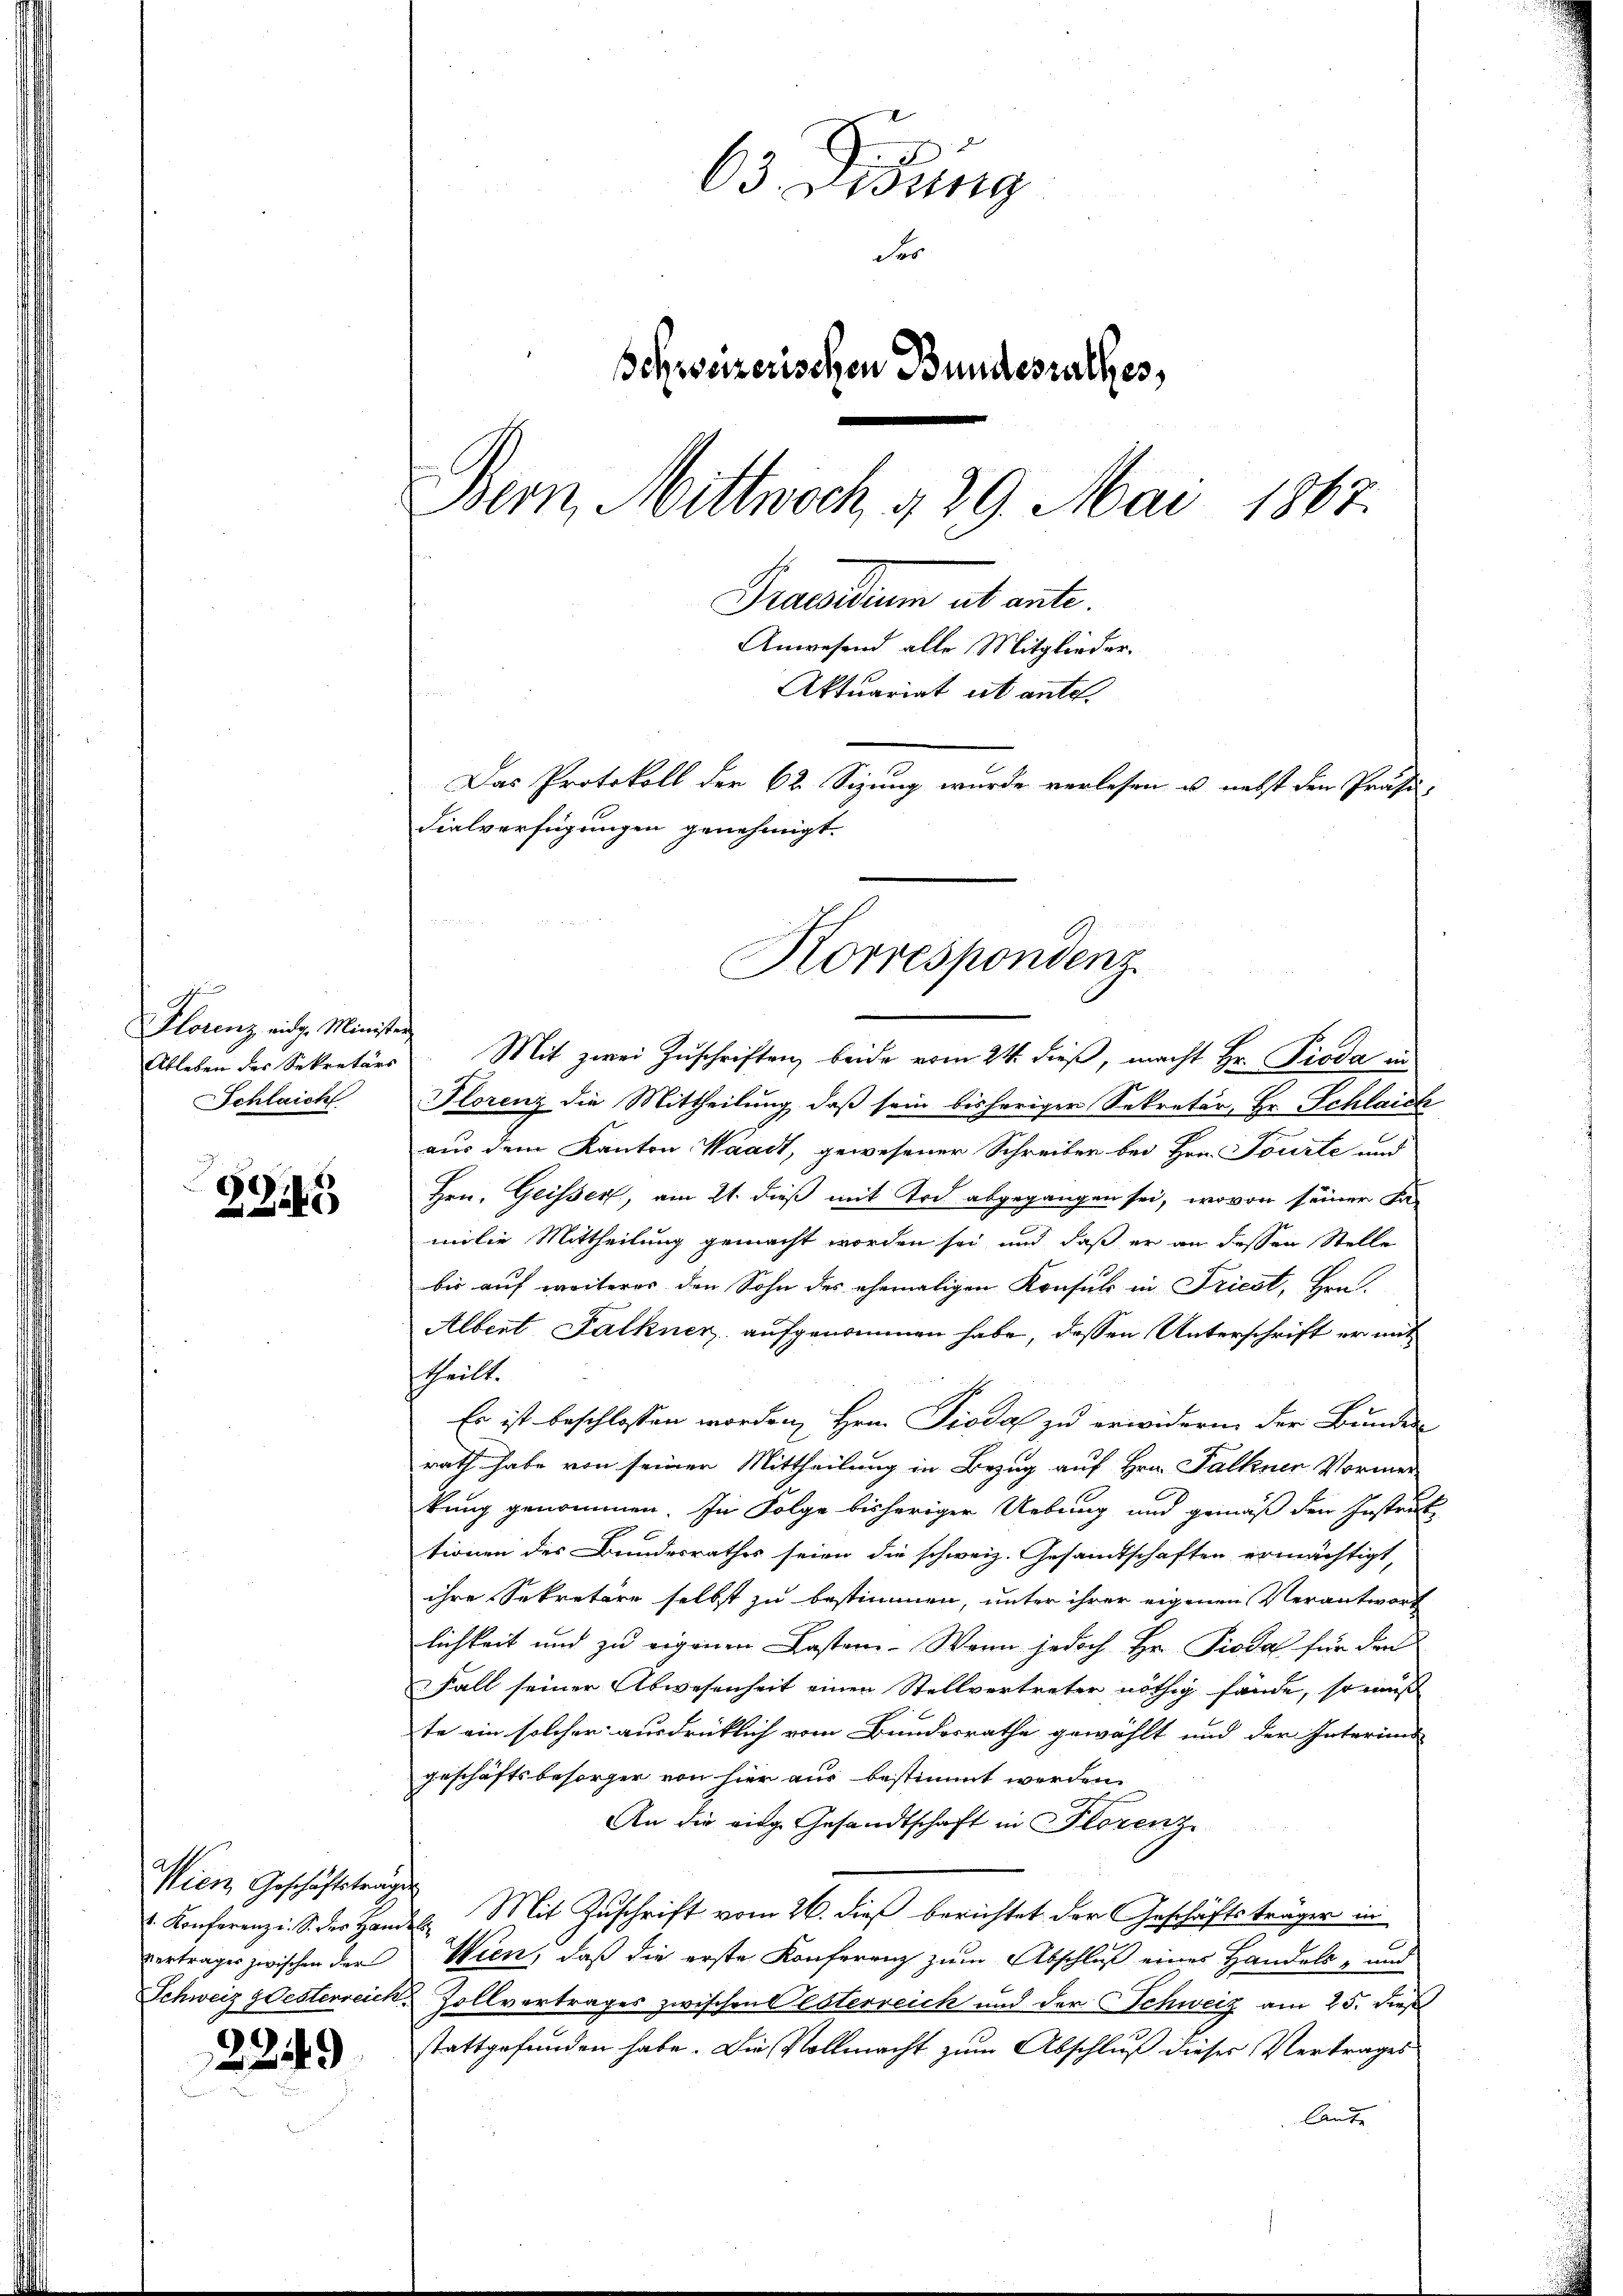
Florenz eidg. Minister
Schlaich

3245

Wien Geschäftsträgen

22149)

63. Eing
Ser
Schweizerischen Bundesrathes,
Bern, Mittwoch, 429. Mai 1867.
Praesidium ab ante.
Anwesend alle Mitglieder.
Aktuariat et ante.
Das Protokoll der 62 Sizung wurde verlesen u. nebst den Präsi-
Fialverfügungen genehmigt.

Ableben des Sekretärs. Mit zwei Zŭschriften beide vom 24. dieβ, macht Hr. Pioda in
Florenz die Mittheilung, daß sein bisheriger Sekretär, Hr. Schlaich
aus dem Kanton Waadt, gewesener Schreiber bei Hrn. Tourte und
Hrn. Geisser, am 21. dieß mit Tod abgegangen sei, wovon seiner Fa-
milie Mittheilung gemacht worden sei und daß er an dessen Stelle
bis auf weiterer den Sohn des ehemaligen Konsuls in Friest, Hrn.
Albert Falkner, aufgenommen habe, dessen Unterschrift er mit
theilt.
Er ist beschlossen worden, Hrn. Piodal zu erwidern der Bunden
rath habe von seiner Mittheilung in Bezug auf Hrn. Falkner Vormer
kung genommen. In Folge bisheriger Uebung und gemäß den Instruktionen des Bundesrathes seien die schweiz. Gesandtschaften ermächtigt,
ihre Sekretäre selbst zu bestimmen, unter ihrer eigenen Verantwort
lichkeit und zu eigenen Lasten. Wenn jedoch Hr. Piodal für den
Fall seiner Abwesenheit einen Stellvertreter nöthig fände, so muss
te ein solcher ausdrücklich vom Bundesrathe gewählt und der Interims
geschäftsbesorger von hier aus bestimmt werden.
An die eidg. Gesandtschaft in Florenz
u. Konferenz i. S. der Handel. Mit Zuschrift vom 26. dieß berichtet der Geschäftsträger in
vertrages zwischen der Wien, daß die erste Konferenz zum Abschluß eines Handels- und
Schweiz & Oesterreiche Zollvertrages zwischen Oesterreich und der Schweiz am 25. dieß
stattgefunden habe. Die Vollmacht zum Abschluß dieser Vertrages
laute

Korrespondenz